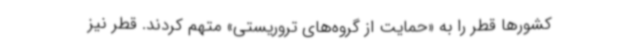
کشورها قطر را به «حمایت از گروه‌های تروریستی» متهم کردند. قطر نیز